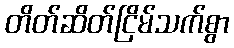
တိတ်ဆိတ်ငြိမ်သက်စွာ